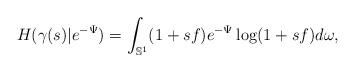
LaTeX: \begin{align*}H(\gamma(s) | e^{-\Psi} )=\int_{\mathbb{S}^{1}} (1+sf)e^{-\Psi}\log (1+sf) d\omega,\end{align*}